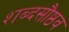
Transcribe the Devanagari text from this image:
शब्दसौष्ठव